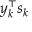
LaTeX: y _ { k } ^ { \top } s _ { k }